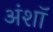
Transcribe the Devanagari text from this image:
अंशॉ